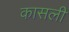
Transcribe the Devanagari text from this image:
कासली